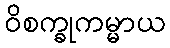
ဝိစက္ခုကမ္မာယ